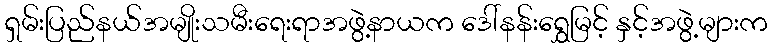
ရှမ်းပြည်နယ်အမျိုးသမီးရေးရာအဖွဲ့နာယက ဒေါ်နန်းရွှေမြင့် နှင့်အဖွဲ့များက